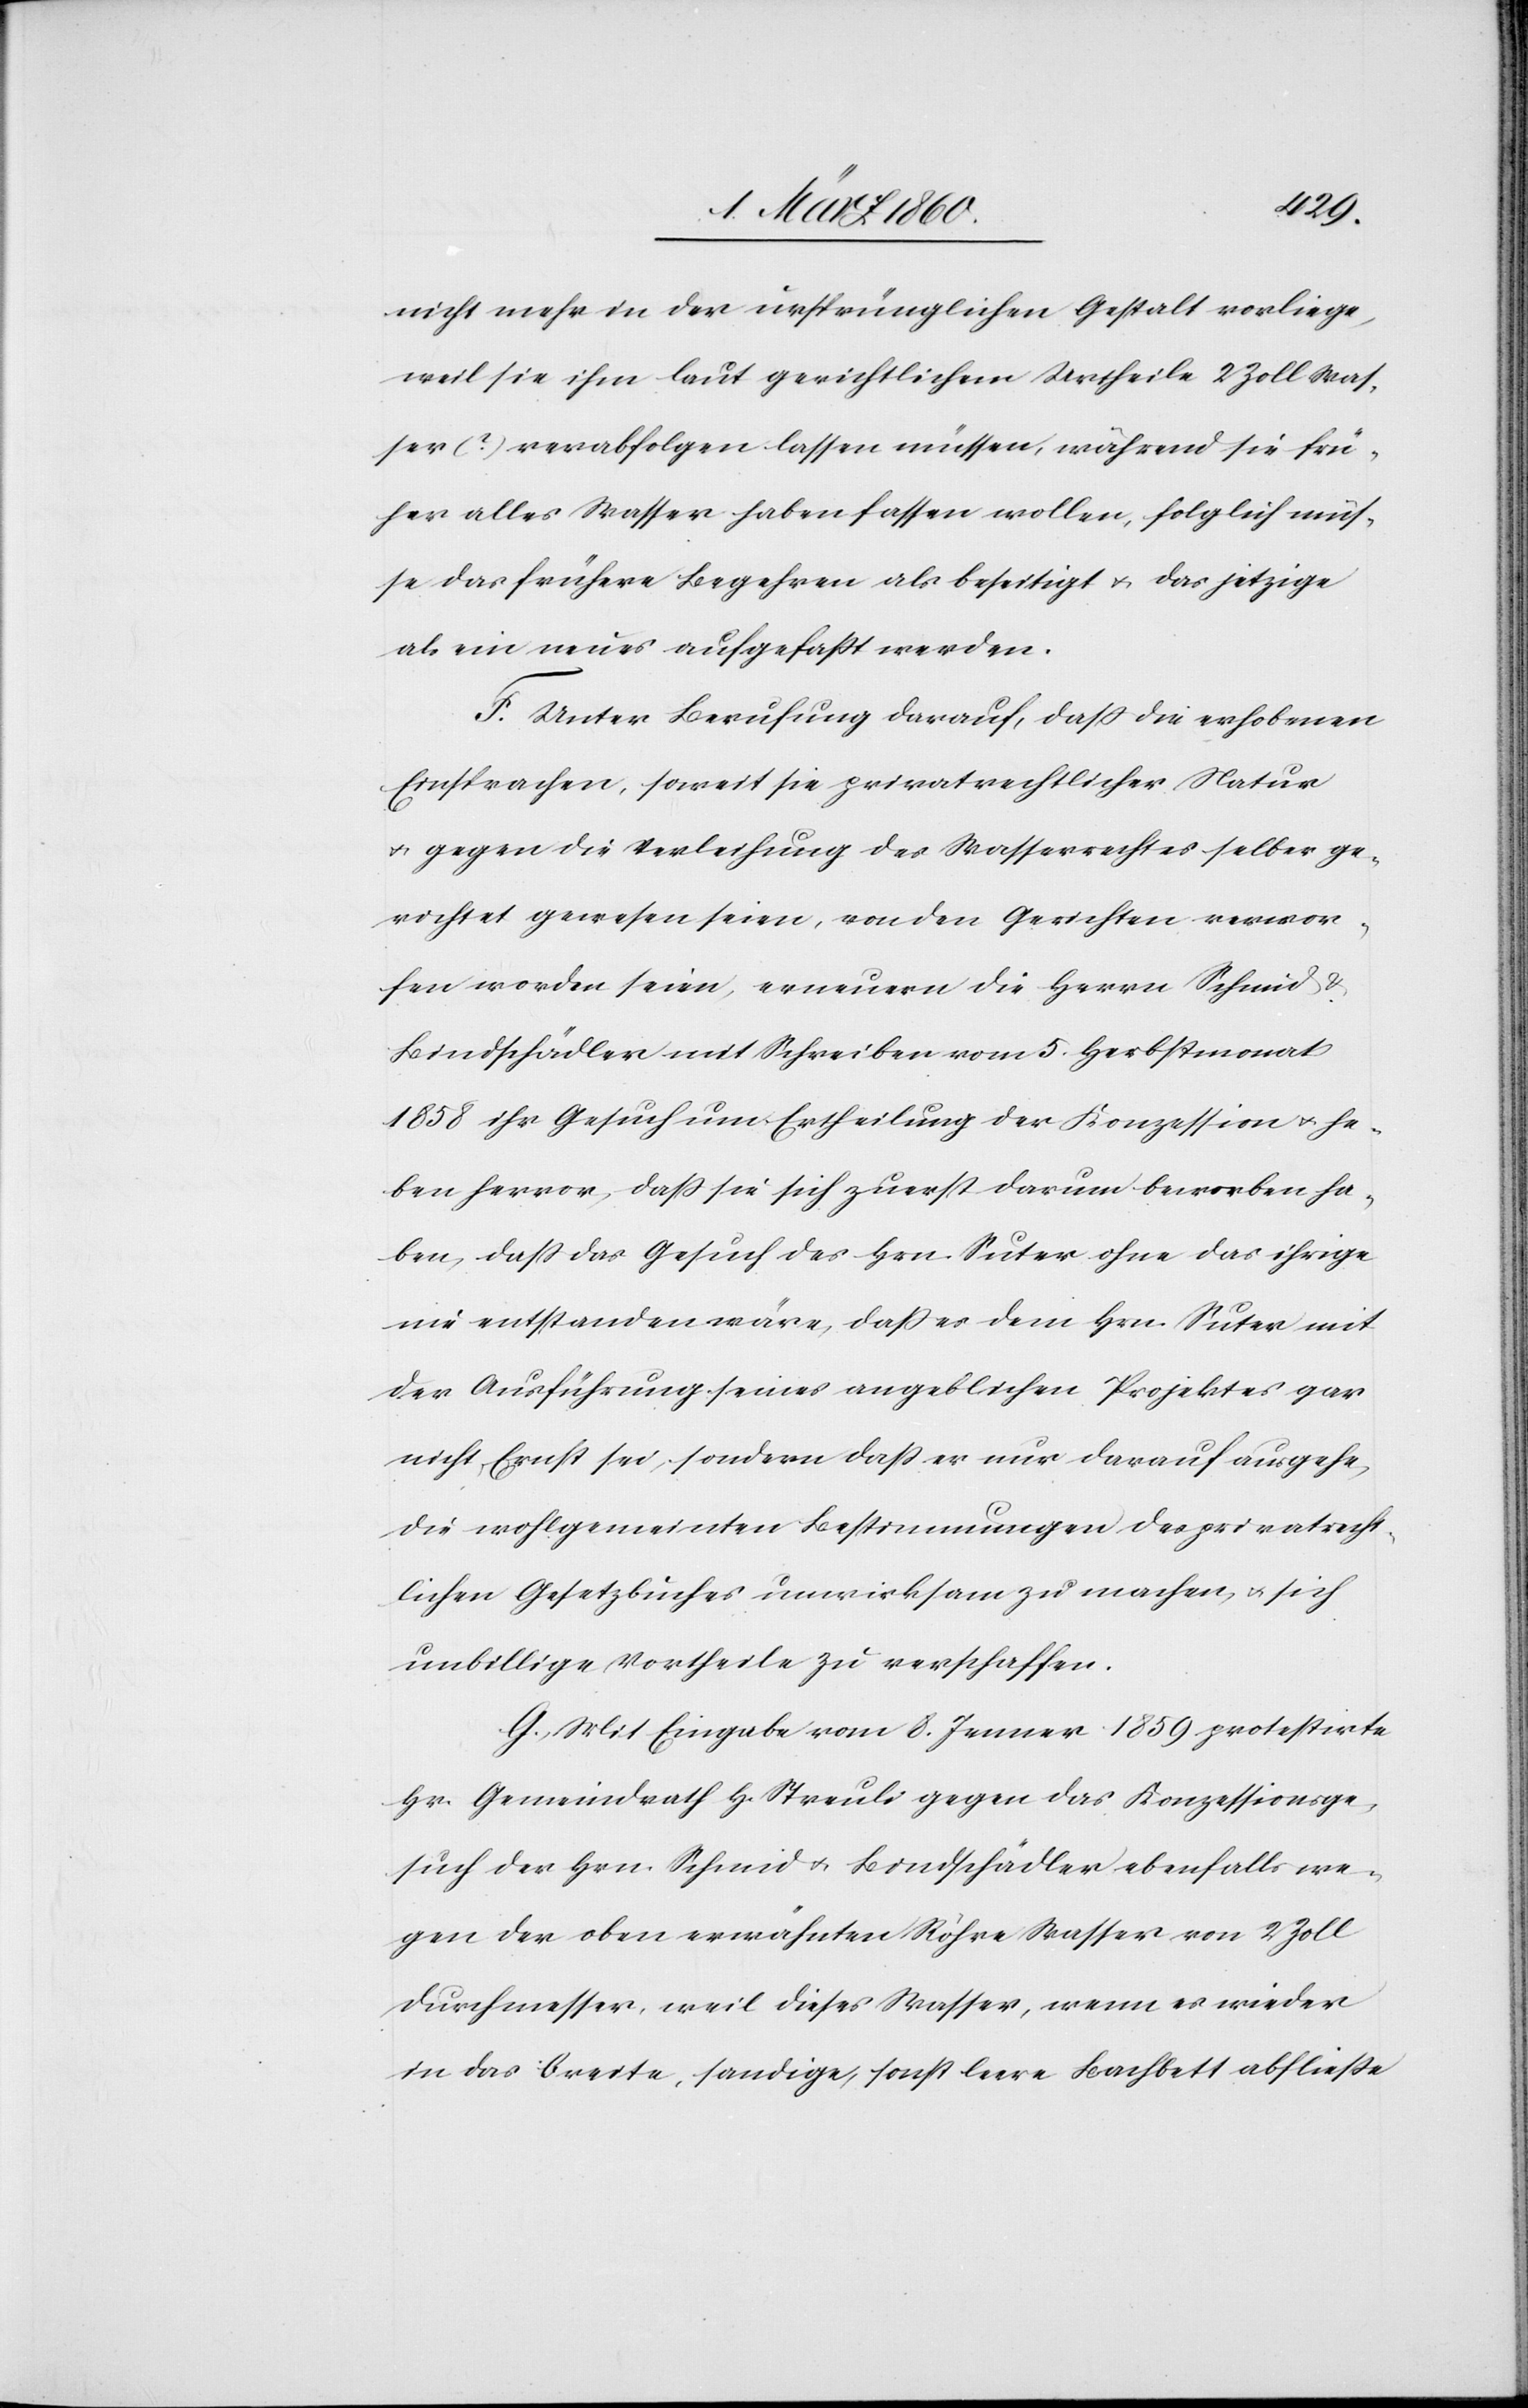
nicht mehr in der ursprünglichen Gestalt vorliege,
weil sie ihm laut gerichtlichem Urtheil 2 Zoll Was¬
ser (?) verabfolgen lassen müssen, während sie frü¬
her alles Wasser haben fassen wollen, folglich müs¬
se das frühere Begehren als beseitigt u. das jetzige
als ein neues aufgefaßt werden.
F. Unter Berufung darauf, dass die erhobenen
Einsprachen, soweit sie privatrechtlicher Natur
u. gegen die Verleihung des Wasserrechtes selber ge¬
richtet gewesen seien, von den Gerichten verwor¬
fen worden seien, erneuern die Herrn Schmid u.
Bindschädler mit Schreiben vom 5. Herbstmonat
1858 ihr Gesuch um Ertheilung der Konzession u. he¬
ben hervor, das sie sich zuerst darum beworben ha¬
ben, dass das Gesuch des Hrn. Suter ohne das ihrige
nie entstanden wäre, dass es dem Hrn. Suter mit
der Ausführung seines angeblichen Projektes gar
nicht Ernst sei, sondern dass er nur darauf ausgehe,
die wohlgemeinten Bestimmungen der privatrecht¬
lichen Gesetzbücher unwirksam zu machen, u. sich
unbillige Vortheile zu verschaffen.
G. Mit Eingabe vom 8. Jenner protestirte
Hr. Gemeindrath H. Streuli gegen das Konzessionsge¬
such der Hrn. Schmid u. Bindschädler ebenfalls we¬
gen der oben erwähnten Röhre Wasser von 2 Zoll
Durchmesser, weil dieses Wasser, wenn es wieder
in das breite, sandige, sonst leere Bachbett abfließe